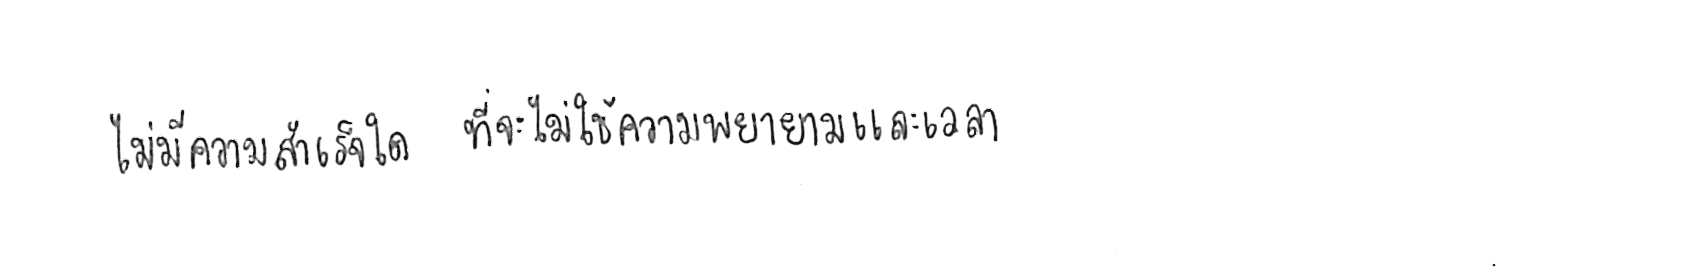
ไม่มีความสำเร็จใด ที่จะไม่ใช้ความพยายามและเวลา